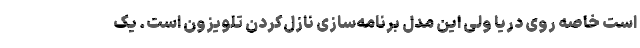
است خاصه روی دریا ولی این مدل برنامه‌سازی نازل‌کردن تلویزون است. یک